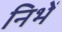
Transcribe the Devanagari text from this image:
निभें